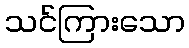
သင်ကြားသော